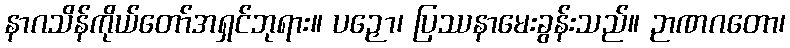
နာဂသိန်ကိုယ်တော်အရှင်ဘုရား။ ပဉှော၊ ပြဿနာမေးခွန်းသည်။ ဉာဏဂတော၊